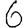
Digit: 6